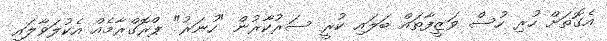
އެގޮތަށް ހުރި ހުސް ވަޒީފާތައް ބަލައި ކުރީ ސަރުކާރުން "ހުނަރު" ޕްރޮގްރާމެއް އެކުލަވާލައި